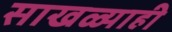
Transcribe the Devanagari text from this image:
साखळ्याही